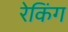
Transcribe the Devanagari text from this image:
रेकिंग